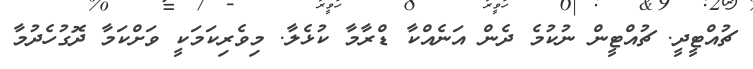
ޗުއްޓީދީ. ޗުއްޓީން ނުކުމެ ދެން އަނެއްކާ ޑްރާމާ ކުޅެލާ. މިވެރިކަމަކީ ވަށްކަމާ ދޮގުހެދުމާ